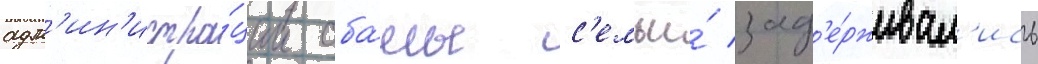
адм'ин'истра́ции оба́мы с'емьи́ зад'е́рживал'ись